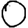
Digit: 0